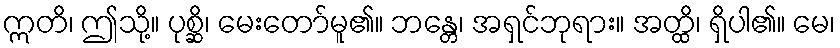
ဣတိ၊ ဤသို့။ ပုစ္ဆိ၊ မေးတော်မူ၏။ ဘန္တေ၊ အရှင်ဘုရား။ အတ္ထိ၊ ရှိပါ၏။ မေ၊